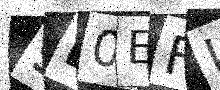
Text: 9D0EFL